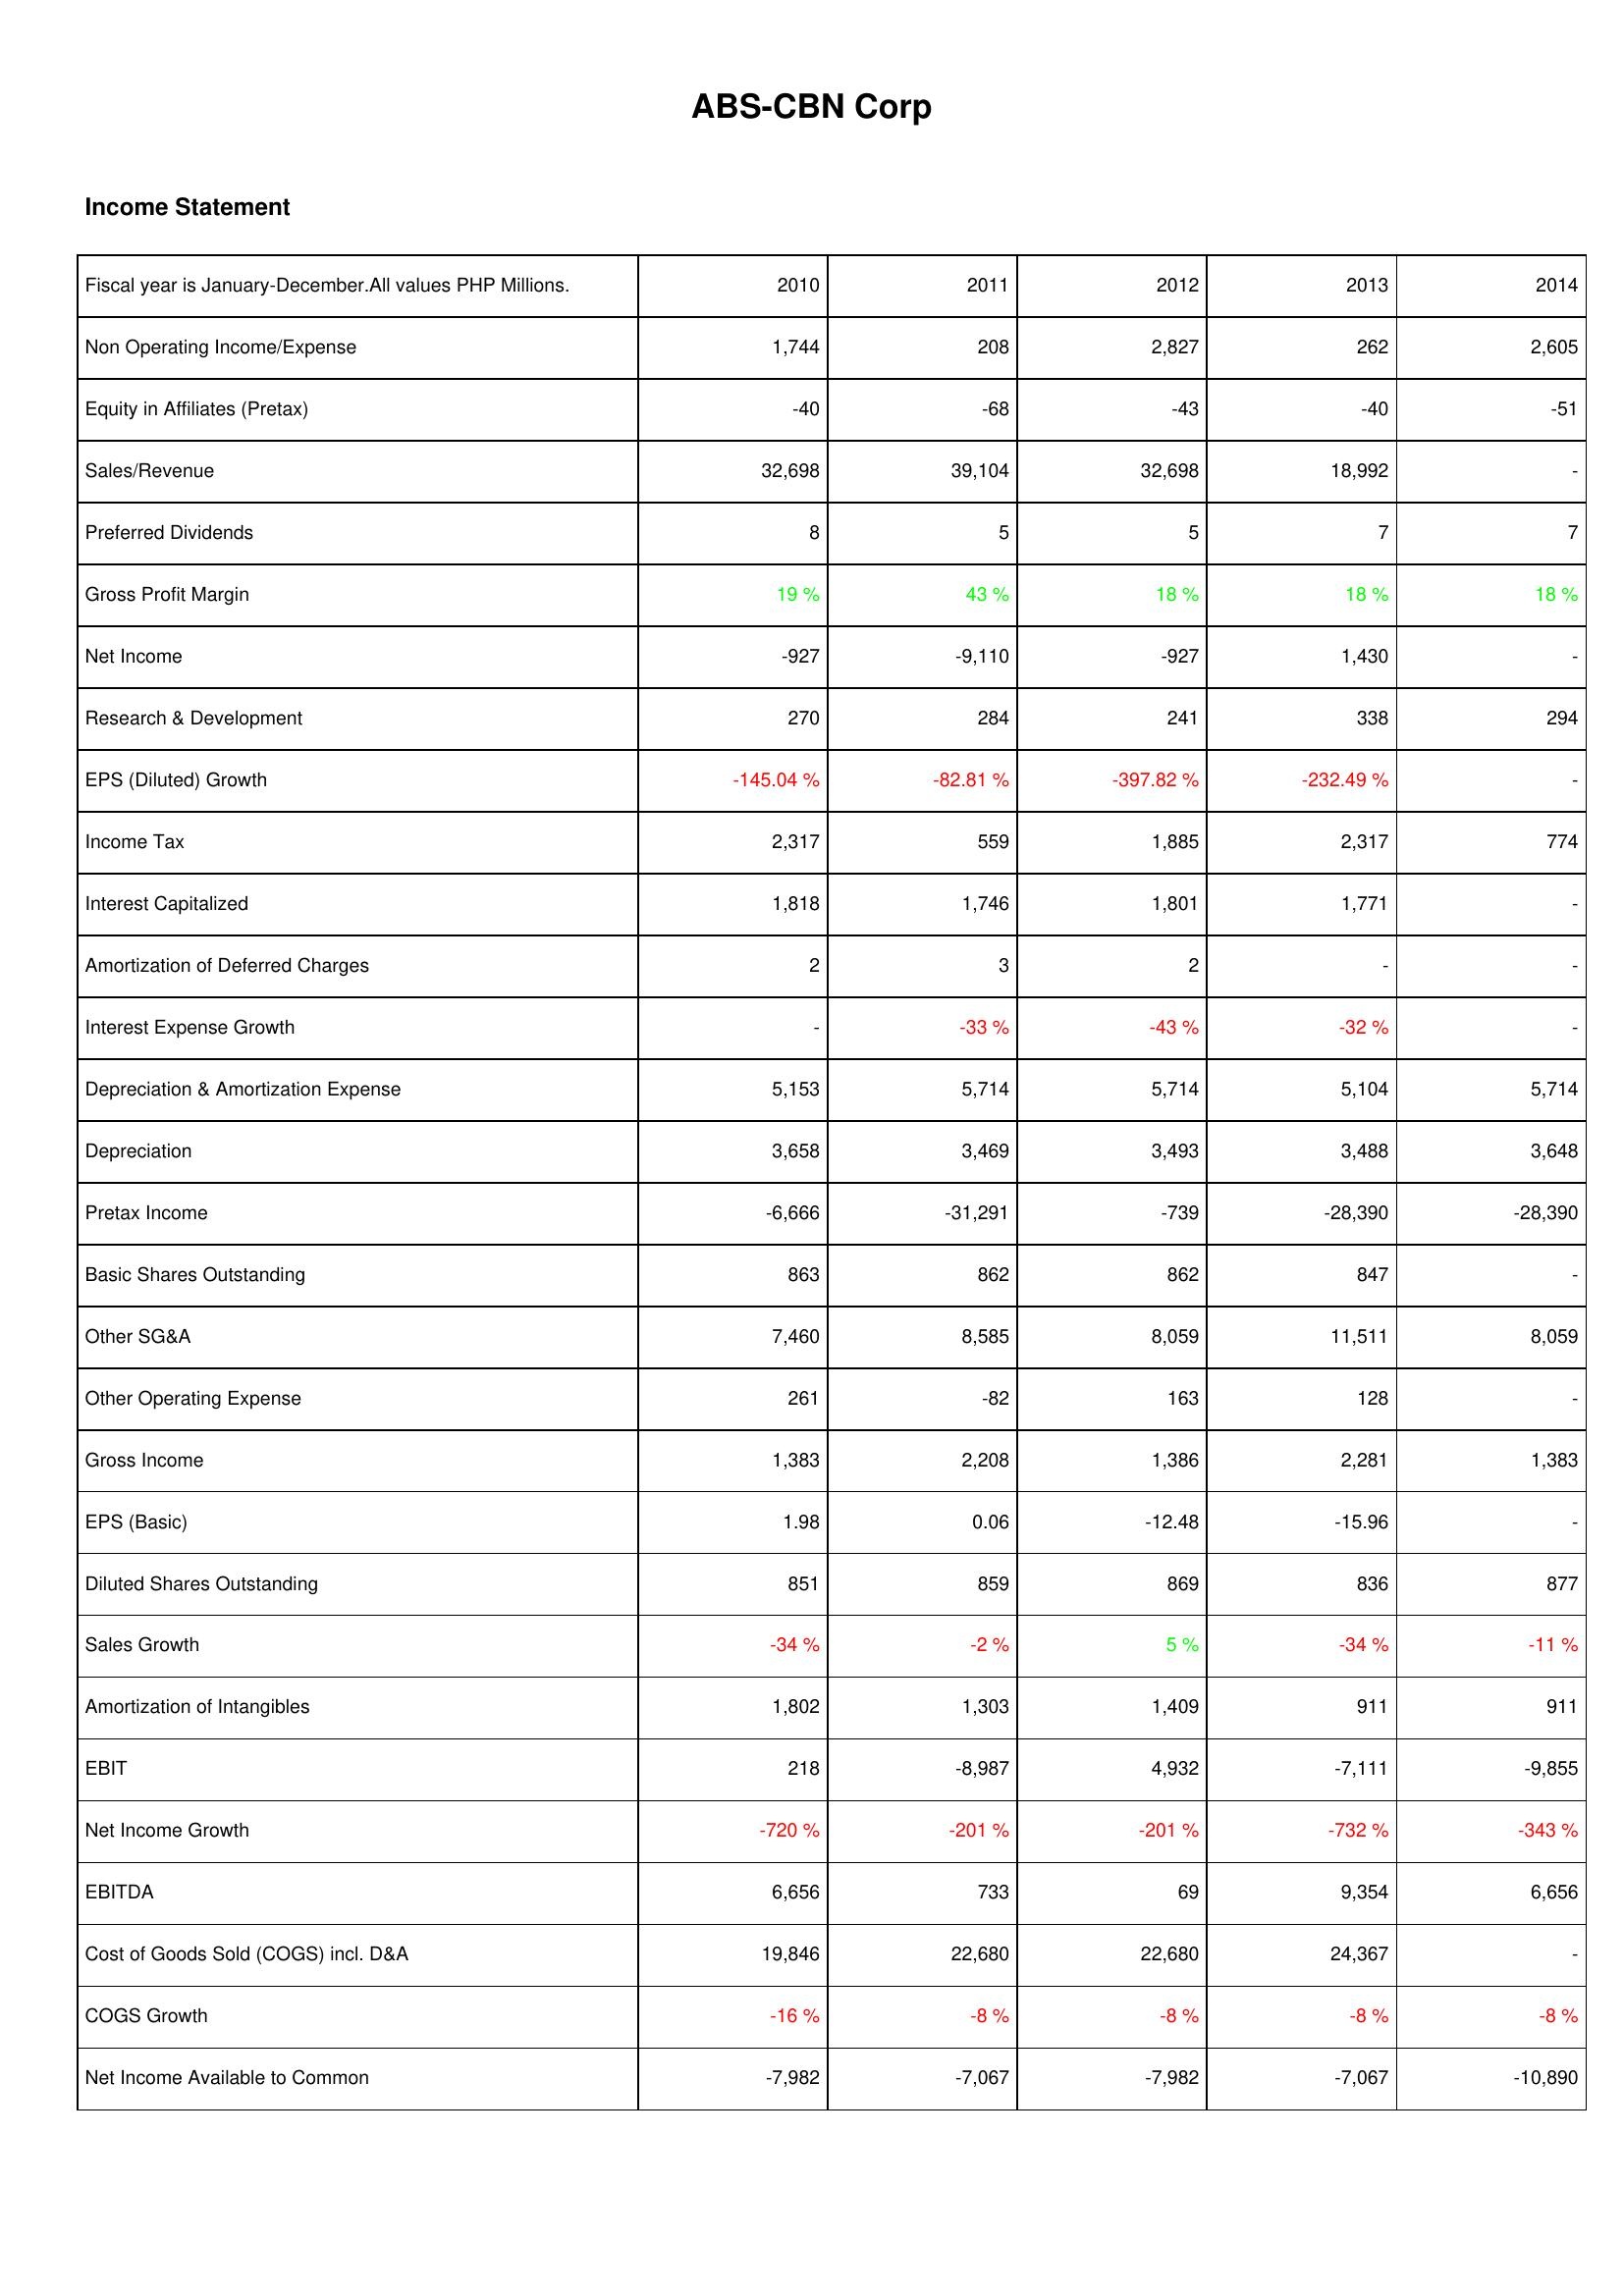
2010: Income Statement: Non Operating Income/Expense: 1,744
Equity in Affiliates (Pretax): -40
Sales/Revenue: 32,698
Preferred Dividends: 8
Gross Profit Margin: 19 %
Net Income: -927
Research & Development: 270
EPS (Diluted) Growth: -145.04 %
Income Tax: 2,317
Interest Capitalized: 1,818
Amortization of Deferred Charges: 2
Interest Expense Growth: -
Depreciation & Amortization Expense: 5,153
Depreciation: 3,658
Pretax Income: -6,666
Basic Shares Outstanding: 863
Other SG&A: 7,460
Other Operating Expense: 261
Gross Income: 1,383
EPS (Basic): 1.98
Diluted Shares Outstanding: 851
Sales Growth: -34 %
Amortization of Intangibles: 1,802
EBIT: 218
Net Income Growth: -720 %
EBITDA: 6,656
Cost of Goods Sold (COGS) incl. D&A: 19,846
COGS Growth: -16 %
Net Income Available to Common: -7,982
2011: Income Statement: Non Operating Income/Expense: 208
Equity in Affiliates (Pretax): -68
Sales/Revenue: 39,104
Preferred Dividends: 5
Gross Profit Margin: 43 %
Net Income: -9,110
Research & Development: 284
EPS (Diluted) Growth: -82.81 %
Income Tax: 559
Interest Capitalized: 1,746
Amortization of Deferred Charges: 3
Interest Expense Growth: -33 %
Depreciation & Amortization Expense: 5,714
Depreciation: 3,469
Pretax Income: -31,291
Basic Shares Outstanding: 862
Other SG&A: 8,585
Other Operating Expense: -82
Gross Income: 2,208
EPS (Basic): 0.06
Diluted Shares Outstanding: 859
Sales Growth: -2 %
Amortization of Intangibles: 1,303
EBIT: -8,987
Net Income Growth: -201 %
EBITDA: 733
Cost of Goods Sold (COGS) incl. D&A: 22,680
COGS Growth: -8 %
Net Income Available to Common: -7,067
2012: Income Statement: Non Operating Income/Expense: 2,827
Equity in Affiliates (Pretax): -43
Sales/Revenue: 32,698
Preferred Dividends: 5
Gross Profit Margin: 18 %
Net Income: -927
Research & Development: 241
EPS (Diluted) Growth: -397.82 %
Income Tax: 1,885
Interest Capitalized: 1,801
Amortization of Deferred Charges: 2
Interest Expense Growth: -43 %
Depreciation & Amortization Expense: 5,714
Depreciation: 3,493
Pretax Income: -739
Basic Shares Outstanding: 862
Other SG&A: 8,059
Other Operating Expense: 163
Gross Income: 1,386
EPS (Basic): -12.48
Diluted Shares Outstanding: 869
Sales Growth: 5 %
Amortization of Intangibles: 1,409
EBIT: 4,932
Net Income Growth: -201 %
EBITDA: 69
Cost of Goods Sold (COGS) incl. D&A: 22,680
COGS Growth: -8 %
Net Income Available to Common: -7,982
2013: Income Statement: Non Operating Income/Expense: 262
Equity in Affiliates (Pretax): -40
Sales/Revenue: 18,992
Preferred Dividends: 7
Gross Profit Margin: 18 %
Net Income: 1,430
Research & Development: 338
EPS (Diluted) Growth: -232.49 %
Income Tax: 2,317
Interest Capitalized: 1,771
Amortization of Deferred Charges: -
Interest Expense Growth: -32 %
Depreciation & Amortization Expense: 5,104
Depreciation: 3,488
Pretax Income: -28,390
Basic Shares Outstanding: 847
Other SG&A: 11,511
Other Operating Expense: 128
Gross Income: 2,281
EPS (Basic): -15.96
Diluted Shares Outstanding: 836
Sales Growth: -34 %
Amortization of Intangibles: 911
EBIT: -7,111
Net Income Growth: -732 %
EBITDA: 9,354
Cost of Goods Sold (COGS) incl. D&A: 24,367
COGS Growth: -8 %
Net Income Available to Common: -7,067
2014: Income Statement: Non Operating Income/Expense: 2,605
Equity in Affiliates (Pretax): -51
Sales/Revenue: -
Preferred Dividends: 7
Gross Profit Margin: 18 %
Net Income: -
Research & Development: 294
EPS (Diluted) Growth: -
Income Tax: 774
Interest Capitalized: -
Amortization of Deferred Charges: -
Interest Expense Growth: -
Depreciation & Amortization Expense: 5,714
Depreciation: 3,648
Pretax Income: -28,390
Basic Shares Outstanding: -
Other SG&A: 8,059
Other Operating Expense: -
Gross Income: 1,383
EPS (Basic): -
Diluted Shares Outstanding: 877
Sales Growth: -11 %
Amortization of Intangibles: 911
EBIT: -9,855
Net Income Growth: -343 %
EBITDA: 6,656
Cost of Goods Sold (COGS) incl. D&A: -
COGS Growth: -8 %
Net Income Available to Common: -10,890